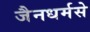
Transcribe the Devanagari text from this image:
जैनधर्मसे